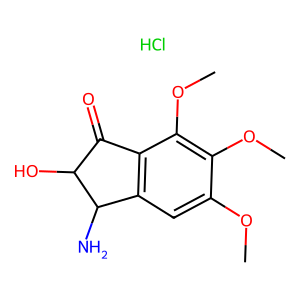
SMILES: COc1cc2c(c(OC)c1OC)C(=O)C(O)C2N.Cl
Inhibits HIV replication: No